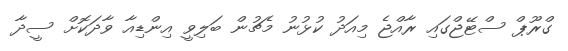
ގްރޫޕް ސްޓޭޖްގައި ރާއްޖެ މިއަދު ކުޅުނު މެޗުން ބަލިވީ އިންޑިއާ ވާދަކޮށް ސީދާ